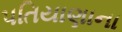
પતિયાણાના